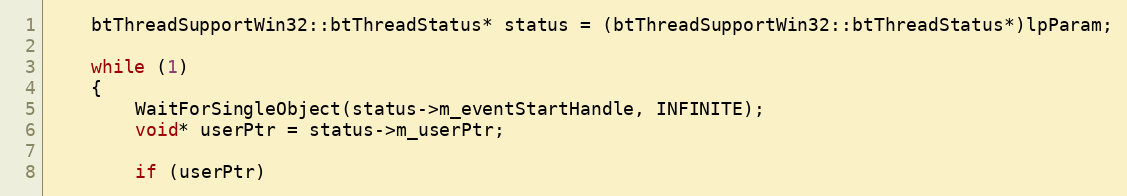
Language: C++
	btThreadSupportWin32::btThreadStatus* status = (btThreadSupportWin32::btThreadStatus*)lpParam;

	while (1)
	{
		WaitForSingleObject(status->m_eventStartHandle, INFINITE);
		void* userPtr = status->m_userPtr;

		if (userPtr)